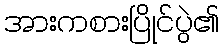
အားကစားပြိုင်ပွဲ၏